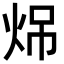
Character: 𪸧